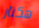
هكتار